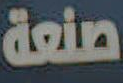
صنعة